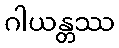
ဂါယန္တဿ